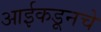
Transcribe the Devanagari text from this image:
आईकडूनचे